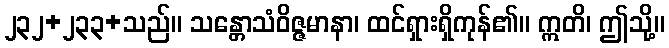
၂၃၂+၂၃၃+သည်။ သန္တောသံဝိဇ္ဇမာနာ၊ ထင်ရှားရှိကုန်၏။ ဣတိ၊ ဤသို့။